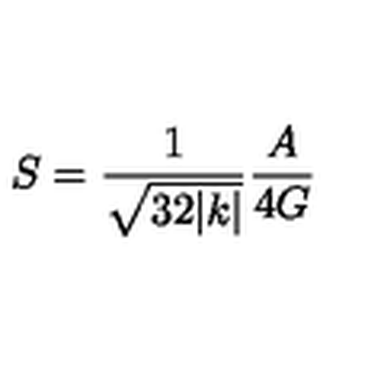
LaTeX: S = \frac { 1 } { \sqrt { 3 2 | k | } } \frac { A } { 4 G }